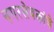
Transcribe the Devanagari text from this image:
नगरसेवकांचे